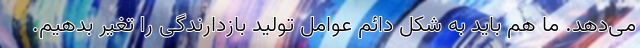
می‌دهد. ما هم باید به شکل دائم عوامل تولید بازدارندگی را تغیر بدهیم.